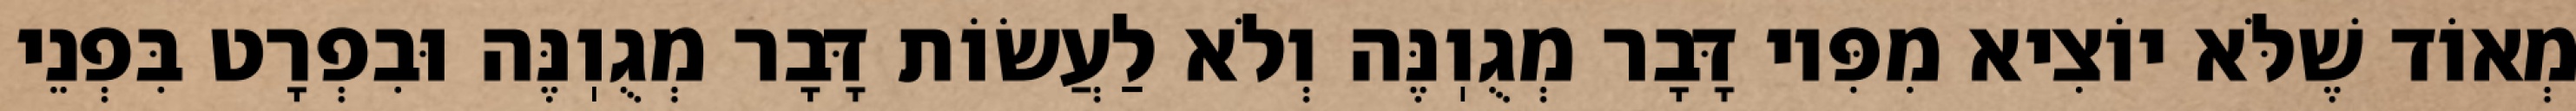
מְאוֹד שֶׁלֹּא יוֹצִיא מִפִּיו דָּבָר מְגֻוֽנֶּה וְלֹא לַעֲשׂוֹת דָּבָר מְגֻוֽנֶּה וּבִפְרָט בִּפְנֵי